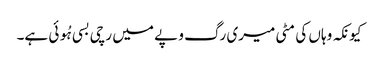
کیونکہ وہاں کی مٹی میری رگ و پے میں رچی بسی ہُوئی ہے۔